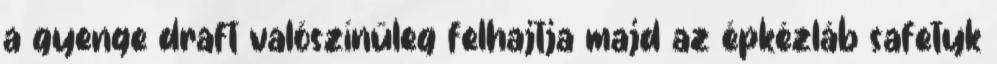
a gyenge draft valószínűleg felhajtja majd az épkézláb safetyk